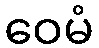
ဝေမံ